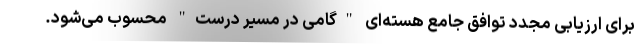
برای ارزیابی مجدد توافق جامع هسته‌ای "گامی در مسیر درست" محسوب می‌شود.